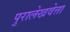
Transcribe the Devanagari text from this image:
पुरालेखवेत्ता